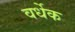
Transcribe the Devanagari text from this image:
वर्धेक